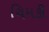
ચિમકી